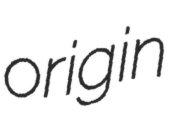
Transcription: origin